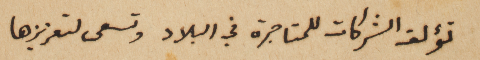
تؤلف الشركات للمتاجرة في البلاد وتسعى لتعزيزها